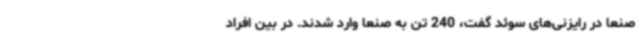
صنعا در رایزنی‌های سوئد گفت، 240 تن به صنعا وارد شدند. در بین افراد